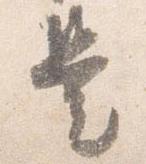
是